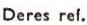
Deres ref.